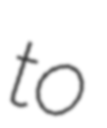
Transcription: to